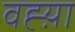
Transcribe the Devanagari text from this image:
वह्य़ा